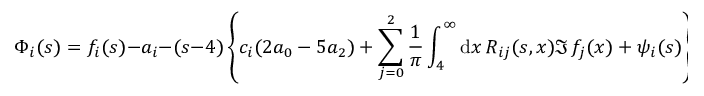
\Phi _ { i } ( s ) = f _ { i } ( s ) - a _ { i } - ( s - 4 ) \left\{ c _ { i } ( 2 a _ { 0 } - 5 a _ { 2 } ) + \sum _ { j = 0 } ^ { 2 } { \frac { 1 } { \pi } } \int _ { 4 } ^ { \infty } \mathrm { d } x \, R _ { i j } ( s , x ) \Im \, f _ { j } ( x ) + \psi _ { i } ( s ) \right\} .